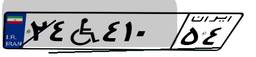
۱۳W۳۸۴۸۴